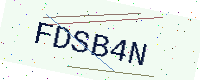
Text: FDSB4N